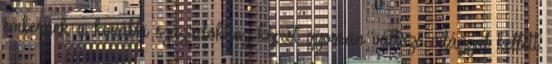
embernek a korábbi századokhoz képest gyorsan változó világgal kellett